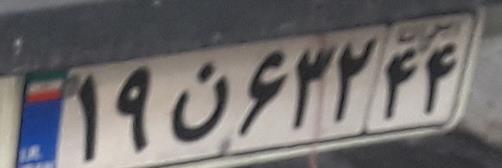
۱۹ن۶۳۲۴۴